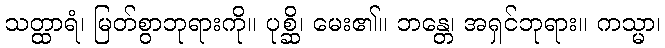
သတ္ထာရံ၊ မြတ်စွာဘုရားကို။ ပုစ္ဆိ၊ မေး၏။ ဘန္တေ၊ အရှင်ဘုရား။ ကသ္မာ၊